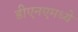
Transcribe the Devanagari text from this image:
डीएनएमध्ये